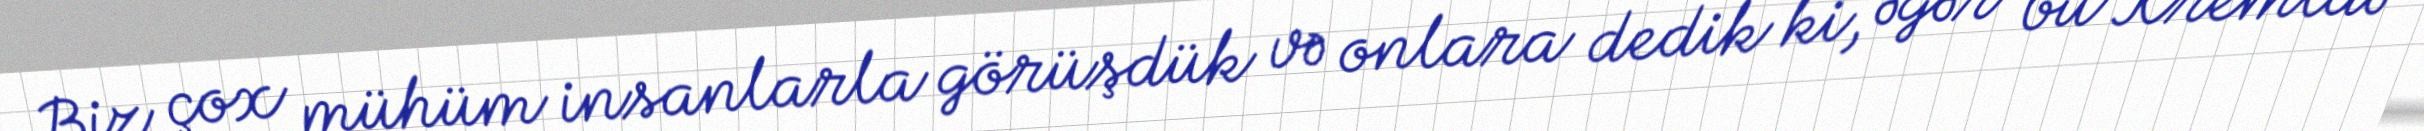
Biz çox mühüm insanlarla görüşdük və onlara dedik ki, əgər bu Kremldə